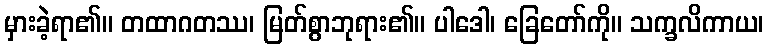
မှားခဲ့ရာ၏။ တထာဂတဿ၊ မြတ်စွာဘုရား၏။ ပါဒေါ၊ ခြေတော်ကို။ သက္ခလိကာယ၊